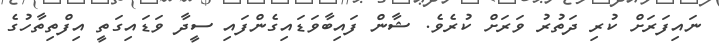
ނައިފަރަށް ކުރި ދަތުރު ވަރަށް ކުރެވެ. ޝާން ފައިބާވަޑައިގެންފައި ސީދާ ވަޑައިގަތީ އިފްތިތާހުގެ